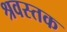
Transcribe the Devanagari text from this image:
श्रवस्तक